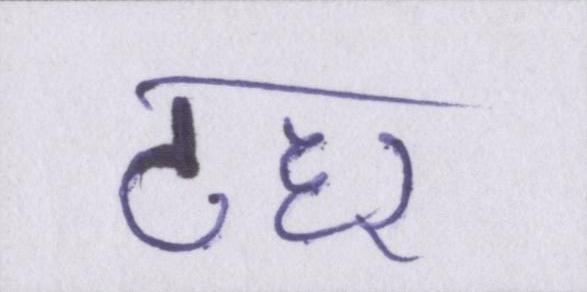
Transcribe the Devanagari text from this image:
ठहर